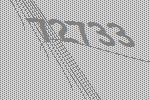
72733